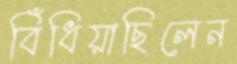
বিঁধিয়াছিলেন